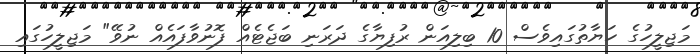
މަޖިލީހުގެ ހަޔާތުގައިވެސް 10 ބިލިއަން ރުފިޔާގެ ދަރަނި ބަޖެޓެއް ފޮނުވާފައެއް ނުވޭ" މަޖިލީހުގައި